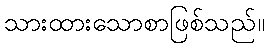
သားထားသောစာဖြစ်သည်။